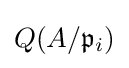
Q(A/{\mathfrak {p}}_{i})